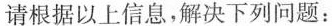
请根据以上信息，解决下列问题：